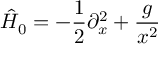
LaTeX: \hat { H } _ { 0 } = - \frac { 1 } { 2 } \partial _ { x } ^ { 2 } + \frac { g } { x ^ { 2 } }